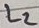
Text: L2